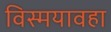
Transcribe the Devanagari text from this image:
विस्मयावहा